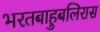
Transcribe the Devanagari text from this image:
भरतबाहुबलिरास